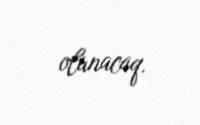
olunacaq.